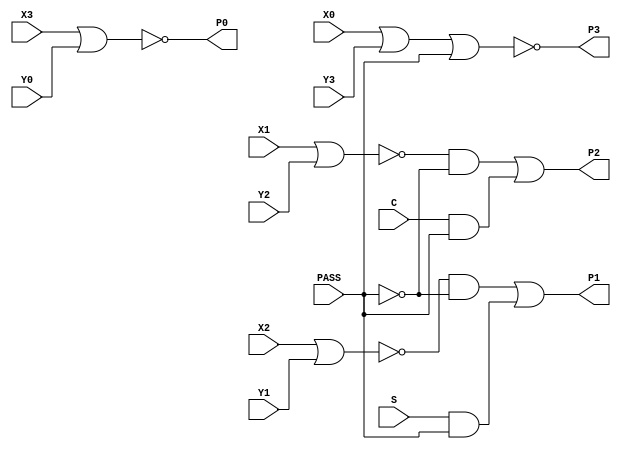
module PP52_27(X0, X1, X2, X3, Y0, Y1, Y2, Y3, S, C, PASS, 
        P0, P1, P2, P3);
input   X0;
input   X1;
input   X2;
input   X3;
input   Y0;
input   Y1;
input   Y2;
input   Y3;
input   S;
input   C;
input   PASS;
output  P0;
output  P1;
output  P2;
output  P3;
nor g0(P0, X3, Y0);
nor g1(w3, X2, Y1);
not g2(w6, PASS);
and g3(w2, w3, w6);
and g4(w7, S, PASS);
or g5(P1, w2, w7);
nor g6(w11, X1, Y2);
not g7(w14, PASS);
and g8(w10, w11, w14);
and g9(w15, C, PASS);
or g10(P2, w10, w15);
nor g11(P3, X0, Y3, PASS);
endmodule